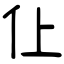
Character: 仩